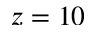
z = 1 0